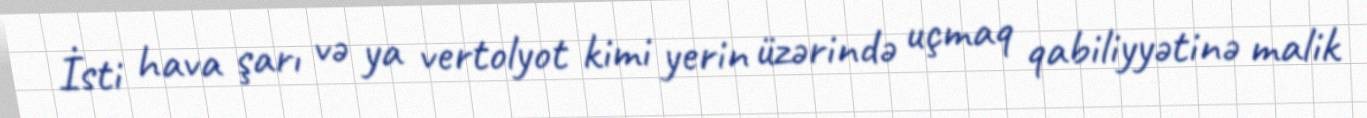
İsti hava şarı və ya vertolyot kimi yerin üzərində uçmaq qabiliyyətinə malik